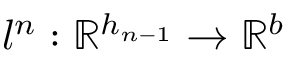
l ^ { n } : \mathbb { R } ^ { h _ { n - 1 } } \rightarrow \mathbb { R } ^ { b }